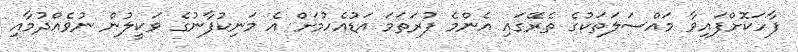
ފާހަކޮށްފައިވާ މައްސަލަތަކުގެ ތެރޭގައި އެންމެ ފުރަތަމަ އަޑުއެހުމަށް އެ މަނިކުފާނުގެ ވަކީލުން ނުވެއްދުމާއި